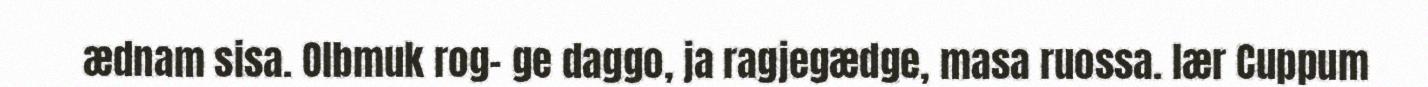
ædnam sisa. Olbmuk rog- ge daggo, ja ragjegædge, masa ruossa. lær Cuppum